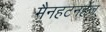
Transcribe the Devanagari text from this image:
मैनहटनहेंज